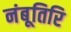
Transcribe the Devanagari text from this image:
नंबूतिरि